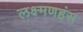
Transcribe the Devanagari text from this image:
लक्ष्मणहंस